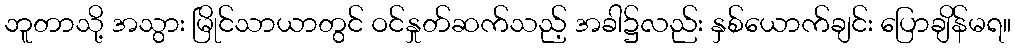
ဘူတာသို့ အသွား မြိုင်သာယာတွင် ဝင်နှုတ်ဆက်သည့် အခါ၌လည်း နှစ်ယောက်ချင်း ပြောချိန်မရ။